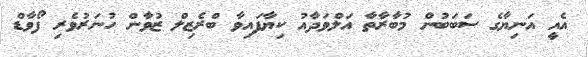
އެއީ އަނިޔާގެ ސަބަބުން މުބާރާތާ އަލްވަދާއު ކިޔާފައިވާ ބްރެޒިލް ޒުވާން ހުނަރުވެރި ފޯވާޑް